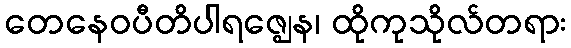
တေနေဝပီတိပါရဇ္ဈေန၊ ထိုကုသိုလ်တရား